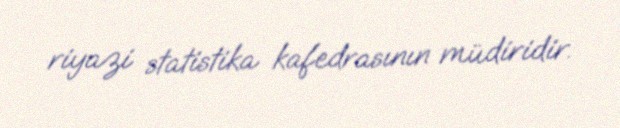
riyazi statistika kafedrasının müdiridir.